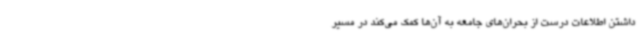
داشتن اطلاعات درست از بحران‌های جامعه به آن‌ها کمک می‌کند در مسیر